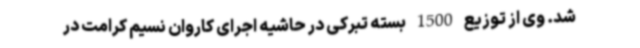
شد. وی از توزیع 1500 بسته تبرکی در حاشیه اجرای کاروان نسیم کرامت در